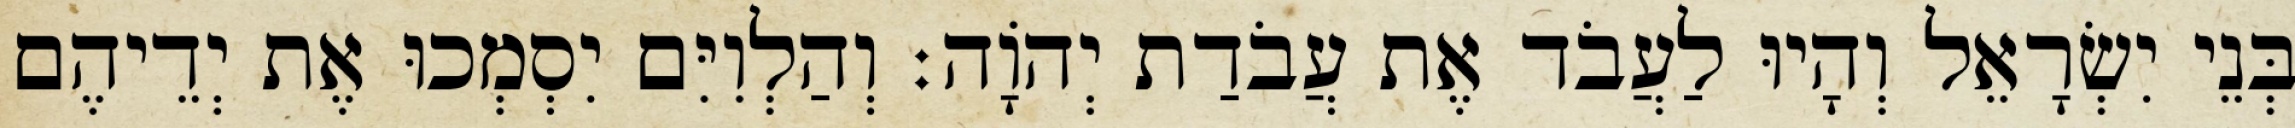
בְּנֵי יִשְׂרָאֵל וְהָיוּ לַעֲבֹד אֶת עֲבֹדַת יְהוָֹה׃ וְהַלְוִיִּם יִסְמְכוּ אֶת יְדֵיהֶם